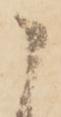
申